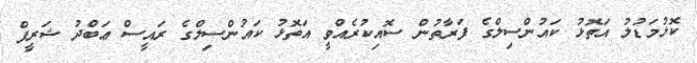
ކޮޅުމަޑުލު އަތޮޅު ކައުންސިލްގެ ފަރާތުން ސޮއިކުރެއްވީ އަތޮޅު ކައުންސިލްގެ ރައީސް ޢަބްދު ޝަރީފް